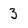
Character: 3